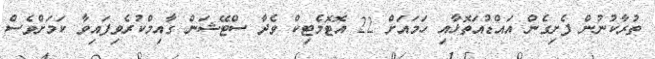
ތުރާކުނުން ފެށިގެން އައްޑުއަތޮޅާއި ހަމައަށް 22 އޮޓޮމެޓިކް ވެދާ ސްޓޭޝަން ގާއިމްކުރެވިފައިވާ ކަމަށްވެސް